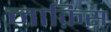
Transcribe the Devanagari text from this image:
नाक़िस